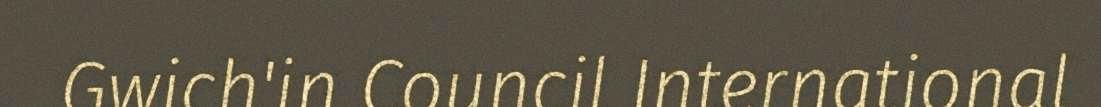
Gwich'in Council International